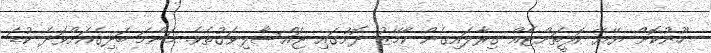
ހޫނުކޮށް ޔޭޔޭ ކޮފީތަށްޓެއް ގިރާލައިގެން ކާމޭޒު ދޮށުގައި ޖައްސާލިވަގުތެވެ. މަންމަ ބަދިގެއަށްވަދެ ކުޑަ